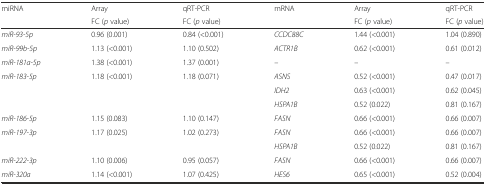
| <ROWSPAN=2> miRNA | Array | qRT-PCR | <ROWSPAN=2> mRNA | Array | qRT-PCR |
 | FC (p value) | FC (p value) | FC (p value) | FC (p value) |
 | --- | --- | --- | --- | --- | --- |
 | miR-93-5p | 0.96 (0.001) | 0.84 (<0.001) | CCDC88C | 1.44 (<0.001) | 1.04 (0.890) |
 | miR-99b-5p | 1.13 (<0.001) | 1.10 (0.502) | ACTR1B | 0.62 (<0.001) | 0.61 (0.012) |
 | miR-181a-5p | 1.38 (<0.001) | 1.37 (0.001) | – | – | – |
 | miR-183-5p | 1.18 (<0.001) | 1.18 (0.071) | ASNS | 0.52 (<0.001) | 0.47 (0.017) |
 |  |  |  | IDH2 | 0.63 (<0.001) | 0.62 (0.045) |
 |  |  |  | HSPA1B | 0.52 (0.022) | 0.81 (0.167) |
 | miR-186-5p | 1.15 (0.083) | 1.10 (0.147) | FASN | 0.66 (<0.001) | 0.66 (0.007) |
 | miR-197-3p | 1.17 (0.025) | 1.02 (0.273) | FASN | 0.66 (<0.001) | 0.66 (0.007) |
 |  |  |  | HSPA1B | 0.52 (0.022) | 0.81 (0.167) |
 | miR-222-3p | 1.10 (0.006) | 0.95 (0.057) | FASN | 0.66 (<0.001) | 0.66 (0.007) |
 | miR-320a | 1.14 (<0.001) | 1.07 (0.425) | HES6 | 0.65 (<0.001) | 0.52 (0.004) |